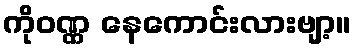
ကိုဝဏ္ဏ နေကောင်းလားဗျာ့။